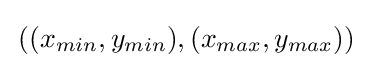
\,((x_{min},y_{min}),(x_{max},y_{max}))